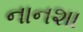
નાનશા